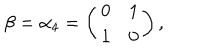
\beta = \alpha _ { 4 } = \left( \begin{matrix} { { 0 } } & { { 1 } } \\ { { 1 } } & { { 0 } } \\ \end{matrix} \right) ,